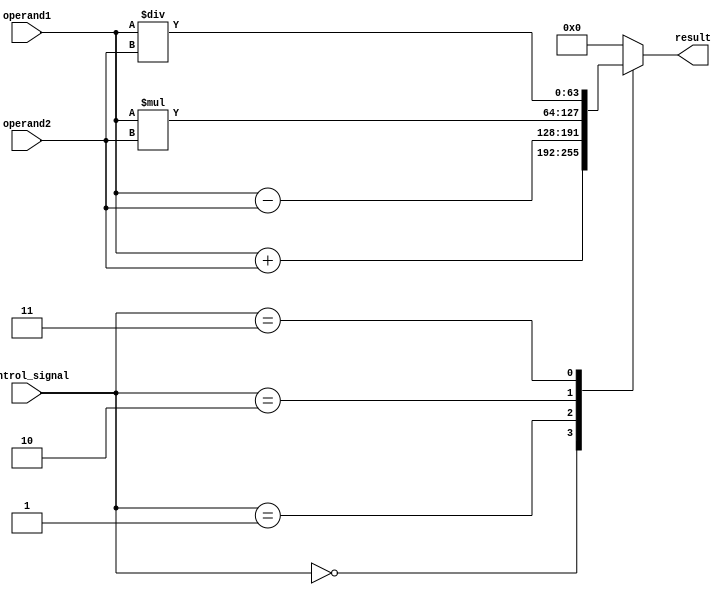
module ALU_64bit (
    input [63:0] operand1,
    input [63:0] operand2,
    input [2:0] control_signal,
    output reg [63:0] result
);

always @(*)
begin
    case(control_signal)
        3'b000: result = operand1 + operand2; // Addition
        3'b001: result = operand1 - operand2; // Subtraction
        3'b010: result = operand1 * operand2; // Multiplication
        3'b011: result = operand1 / operand2; // Division
        default: result = 64'b0; // Default case for no operation
    endcase
end

endmodule